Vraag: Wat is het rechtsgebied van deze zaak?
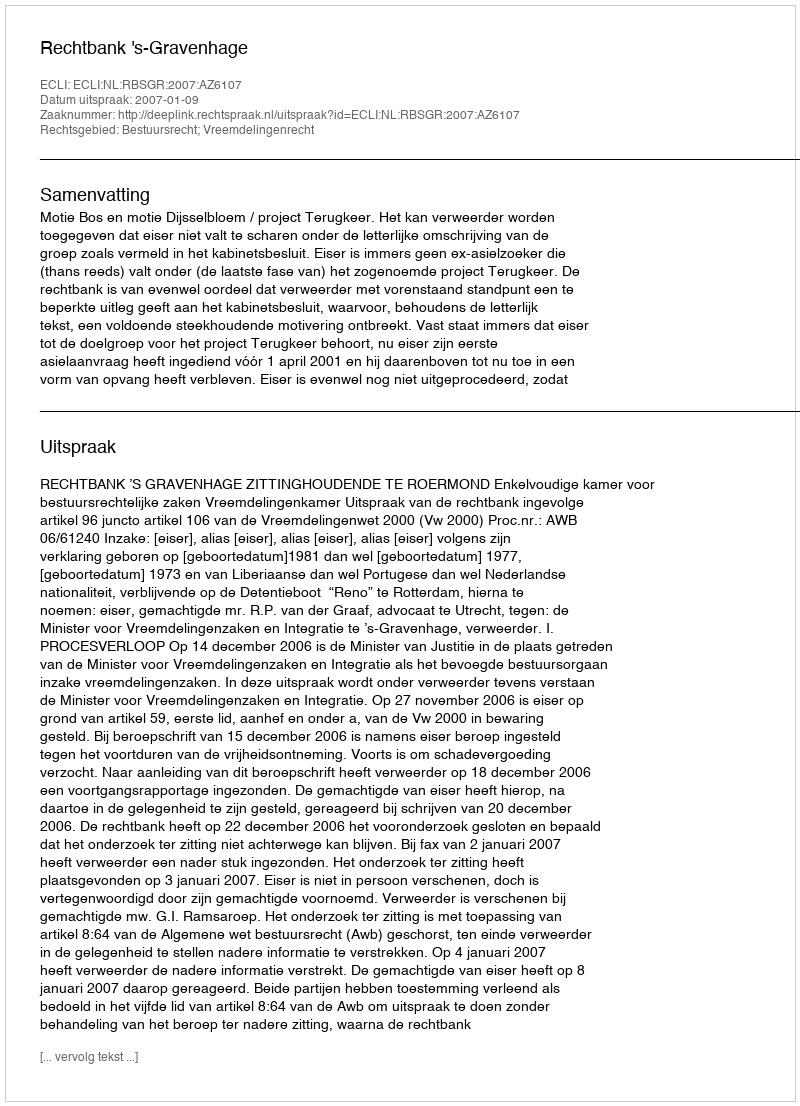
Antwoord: Bestuursrecht; Vreemdelingenrecht